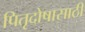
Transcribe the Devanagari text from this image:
पितृदोषासाठी